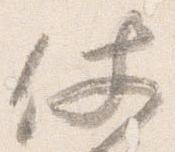
仗